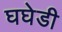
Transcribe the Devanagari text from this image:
घघेडी